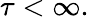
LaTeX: \tau<\infty.